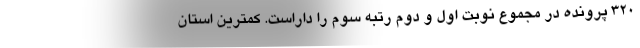
۳۲۰ پرونده در مجموع نوبت اول و دوم رتبه سوم را داراست. کمترین استان